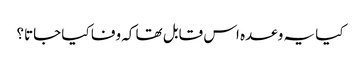
کیا یہ وعدہ اس قابل تھا کہ وفا کیا جاتا؟